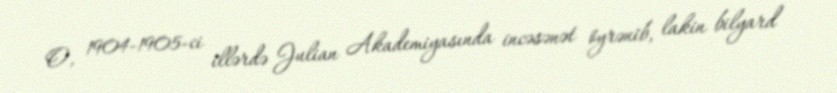
O, 1904-1905-ci illərdə Julian Akademiyasında incəsənət öyrənib, lakin bilyard